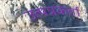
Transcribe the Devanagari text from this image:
उत्पन्नकर्ता